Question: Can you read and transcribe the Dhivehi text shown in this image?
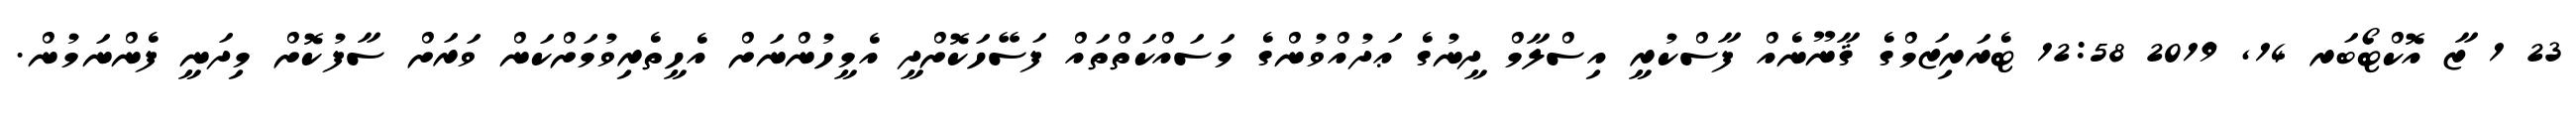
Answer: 23 1 ޒާ އޮކްޓޯބަރ 14, 2019 12:58 ޓެރަރިޒަމްގެ ޤާނޫނެއް ފާސްކުރީ އިސްލާމް ދީނުގެ ޢަދުއްވުންގެ މަސައްކަތްތައް ފަސޭހަކޮށްދީ އެމީހުންނަށް އެހީތެރިވުމަށްކަން ވަރަށް ސާފުކޮށް މިދަނީ ފެންނަމުން.